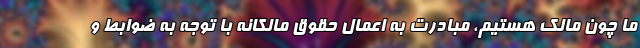
ما چون مالک هستیم، مبادرت به اعمال حقوق مالکانه با توجه به ضوابط و